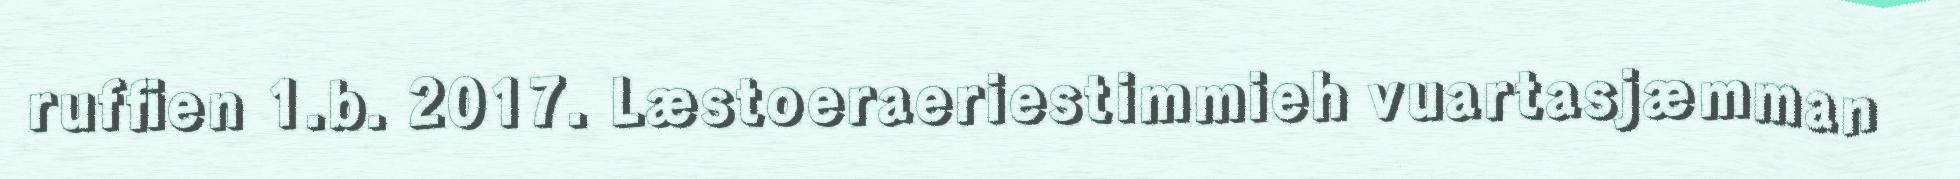
ruffien 1.b. 2017. Læstoeraeriestimmieh vuartasjæmman